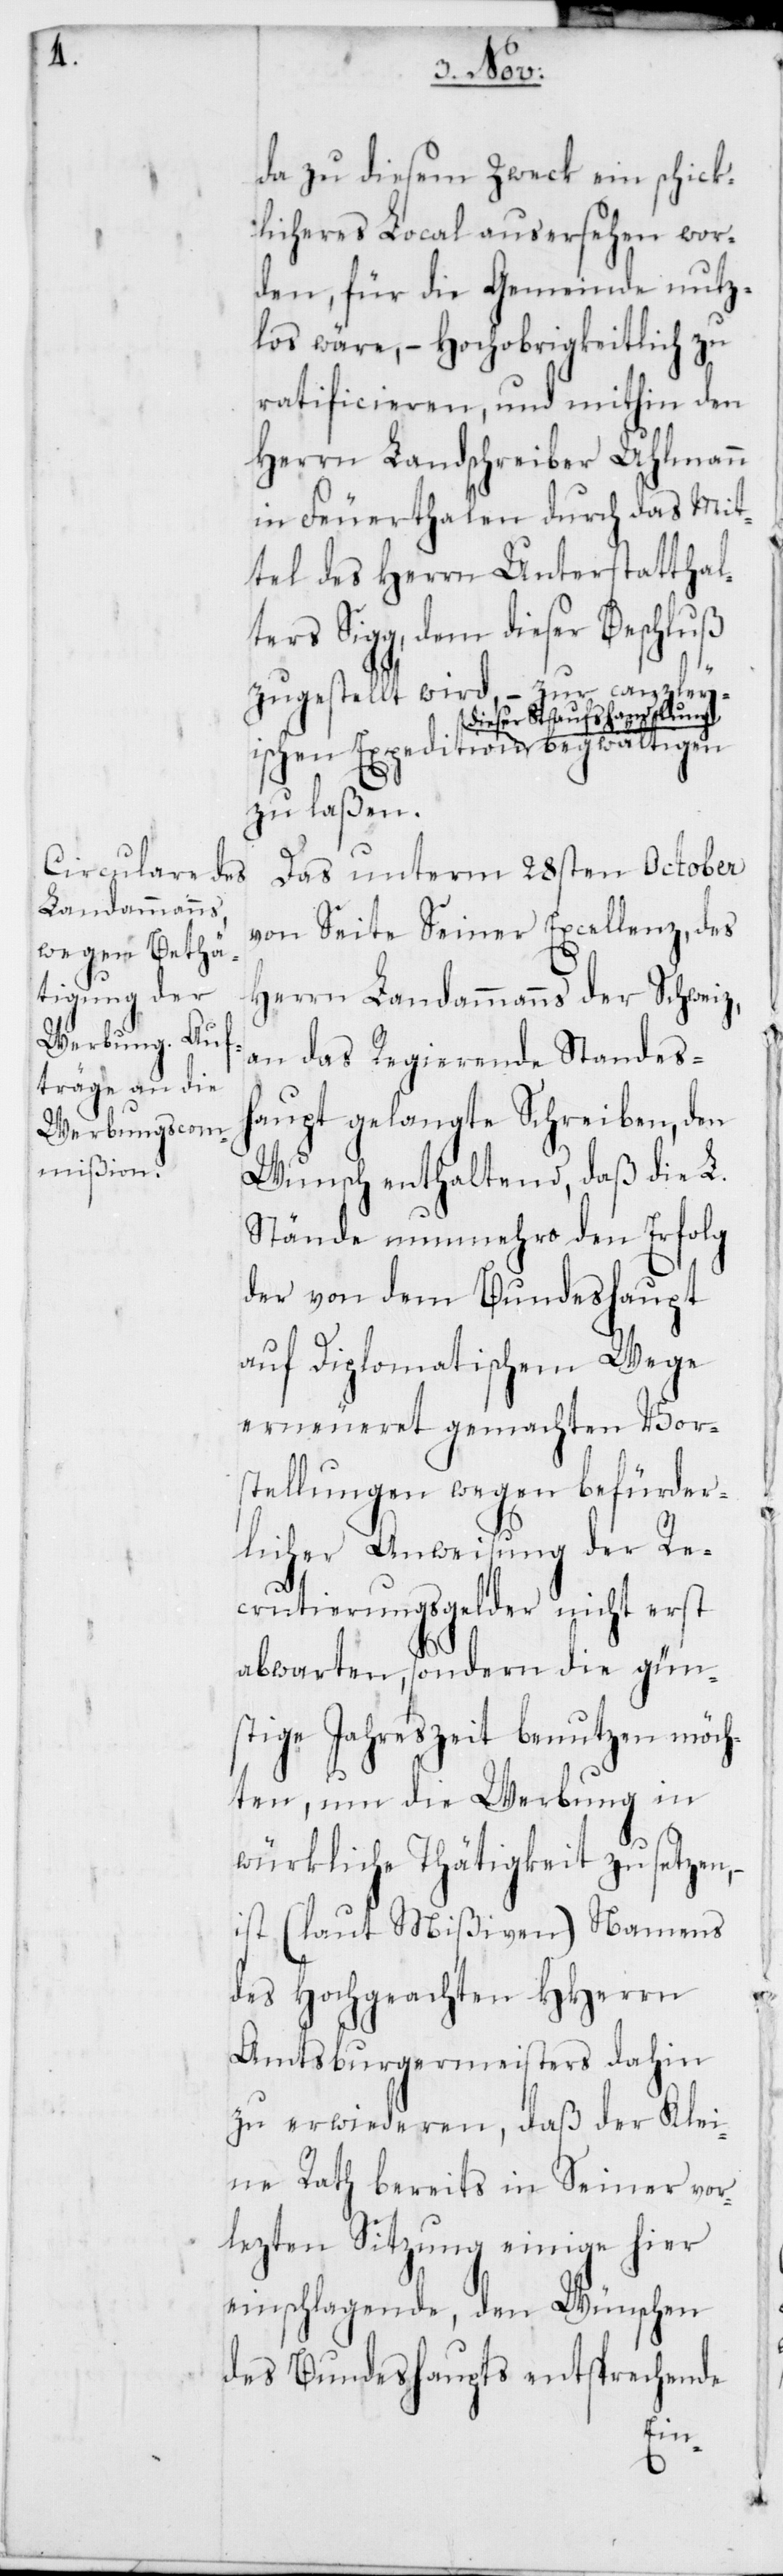
da zu diesem Zweck ein schick¬
licheres Local ausersehen wor¬
den, für die Gemeinde nutz¬
los wäre, – Hochobrigkeitlich zu
ratificieren, und mithin den
Herrn Landschreiber Uhlmann
in Feuerthalen durch das Mit¬
tel des Herrn Unterstatthal¬
ters Sigg, dem dieser Beschluß
zugestellt wird, – zur canzleyisc¬
dieser Kaufshandlung
zu laßen.
Das unterm 28sten October
von Seite Seiner Excellenz, des
Herrn Landammanns der Schwei¬
an das Regierende Standesh¬
aupt gelangte Schreiben, den
Wunsch enthaltend, daß die L.
Stände nunmehro den Erfolg
der von dem Bundeshaupt
auf Diplomatischem Wege
erneueret gemachten Vor¬
stellungen wegen befürder¬
licher Anweisung der Re¬
crutierungsgelder nicht erst
abwarten, sondern die gün¬
stige Jahreszeit benutzen möch¬
ten, um die Werbung in
würkliche Thätigkeit zu setzen,
ist (laut Mißiven) Namens
des Hochgeachten HHerren
Amtsburgermeisters dahin
zu erwideren, daß der Klei¬
ne Rath bereits in Seiner vor¬
lezten Sitzung einige hier
einschlagende, den Wünschen
des Bundeshaupts entsprechende
hen

z,